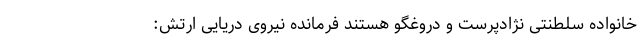
خانواده سلطنتی نژادپرست و دروغگو هستند فرمانده نیروی دریایی ارتش: